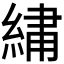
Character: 𫃯